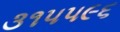
૩૧૫૫૯૬